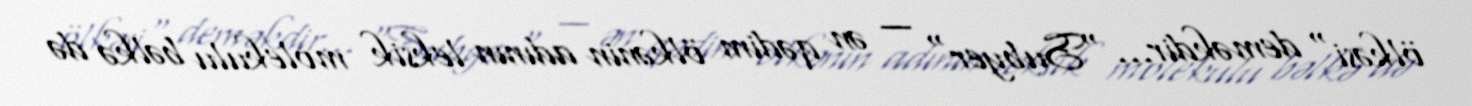
ölkəsi" deməkdir… "Subyer" — ən qədim ölkənin adının leksik molekulu bəlkə də